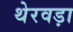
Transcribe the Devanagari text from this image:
थेरवड़ा